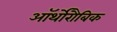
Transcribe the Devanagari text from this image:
ऑर्थोरौबिक